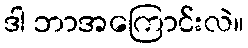
ဒါ ဘာအကြောင်းလဲ။